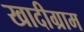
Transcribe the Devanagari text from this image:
खादीग्राम